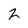
Character: 2